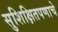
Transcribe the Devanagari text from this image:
सुशिक्षितपणाचे